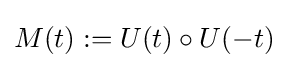
M(t):=U(t)\circ U(-t)